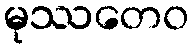
မုဿတေဝ